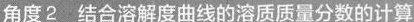
角度2.结合溶解度曲线的溶质质量分数的计算